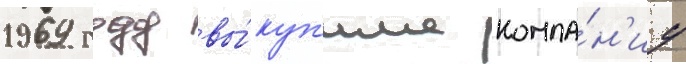
1969 году вы́куп'ила компа́н'иу